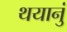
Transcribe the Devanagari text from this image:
थयानुं